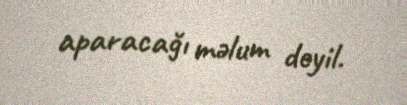
aparacağı məlum deyil.